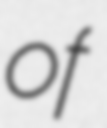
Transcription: of